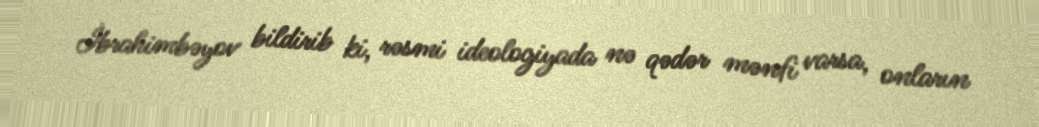
İbrahimbəyov bildirib ki, rəsmi ideologiyada nə qədər mənfi varsa, onların